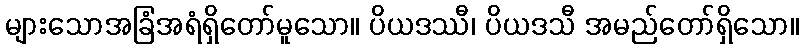
များသောအခြံအရံရှိတော်မူသော။ ပိယဒဿီ၊ ပိယဒသီ အမည်တော်ရှိသော။